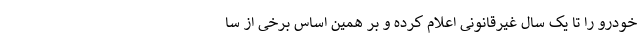
خودرو را تا یک سال غیرقانونی اعلام کرده و بر همین اساس برخی از سا